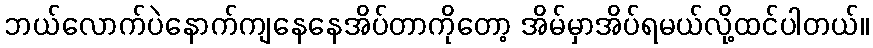
ဘယ်လောက်ပဲနောက်ကျနေနေအိပ်တာကိုတော့ အိမ်မှာအိပ်ရမယ်လို့ထင်ပါတယ်။